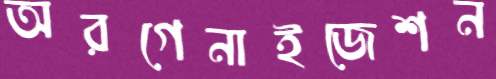
অরগেনাইজেশন